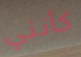
كأنني